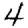
Digit: 4